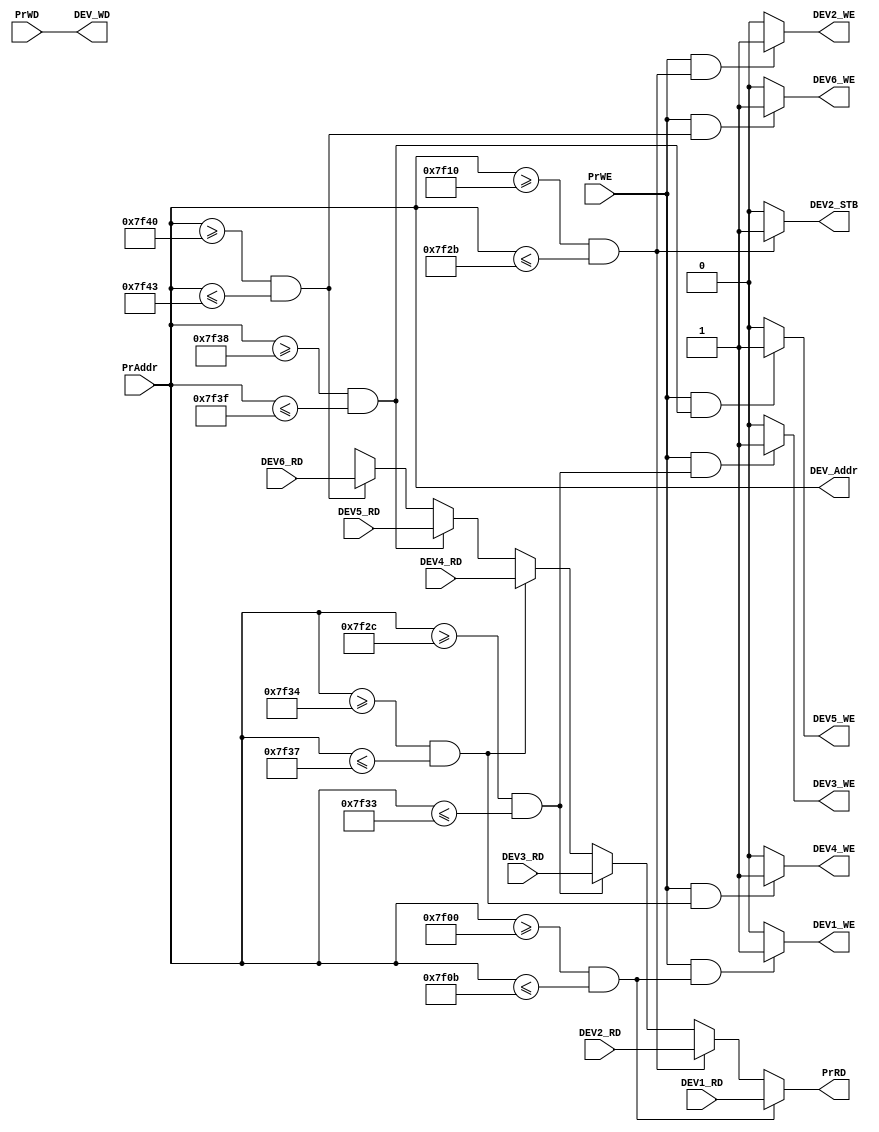
`timescale 1ns / 1ps
//////////////////////////////////////////////////////////////////////////////////
// Company: 
// Engineer: 
// 
// Design Name: 
// Module Name:    bridge 
// Project Name: 
// Target Devices: 
// Tool versions: 
// Description: 
//
// Dependencies: 
//
// Revision: 
// Revision 0.01 - File Created
// Additional Comments: 
//
//////////////////////////////////////////////////////////////////////////////////
module bridge(
	 input [31:0] PrAddr, PrWD,
	 output [31:0] PrRD,
	 input PrWE,
	 output [31:0] DEV_Addr, DEV_WD,
	 input [31:0] DEV1_RD, DEV2_RD, DEV3_RD, DEV4_RD, DEV5_RD, DEV6_RD,
	 output DEV1_WE, DEV2_WE, DEV3_WE, DEV4_WE, DEV5_WE, DEV6_WE,
	 output DEV2_STB
    );

assign DEV_WD = PrWD;
assign DEV_Addr = PrAddr;

assign PrRD = (PrAddr >= 32'h0000_7f00 && PrAddr <= 32'h0000_7f0b) ? DEV1_RD : 
				  (PrAddr >= 32'h0000_7f10 && PrAddr <= 32'h0000_7f2b) ? DEV2_RD : 
				  (PrAddr >= 32'h0000_7f2c && PrAddr <= 32'h0000_7f33) ? DEV3_RD : 
				  (PrAddr >= 32'h0000_7f34 && PrAddr <= 32'h0000_7f37) ? DEV4_RD : 
				  (PrAddr >= 32'h0000_7f38 && PrAddr <= 32'h0000_7f3f) ? DEV5_RD : 
				  (PrAddr >= 32'h0000_7f40 && PrAddr <= 32'h0000_7f43) ? DEV6_RD : 
				  32'bx;

assign DEV1_WE = PrWE && (PrAddr >= 32'h0000_7f00 && PrAddr <= 32'h0000_7f0b) ? 1 : 0;
assign DEV2_WE = PrWE && (PrAddr >= 32'h0000_7f10 && PrAddr <= 32'h0000_7f2b) ? 1 : 0;
assign DEV2_STB = 		 (PrAddr >= 32'h0000_7f10 && PrAddr <= 32'h0000_7f2b) ? 1 : 0;
assign DEV3_WE = PrWE && (PrAddr >= 32'h0000_7f2c && PrAddr <= 32'h0000_7f33) ? 1 : 0;
assign DEV4_WE = PrWE && (PrAddr >= 32'h0000_7f34 && PrAddr <= 32'h0000_7f37) ? 1 : 0;
assign DEV5_WE = PrWE && (PrAddr >= 32'h0000_7f38 && PrAddr <= 32'h0000_7f3f) ? 1 : 0;
assign DEV6_WE = PrWE && (PrAddr >= 32'h0000_7f40 && PrAddr <= 32'h0000_7f43) ? 1 : 0;

endmodule